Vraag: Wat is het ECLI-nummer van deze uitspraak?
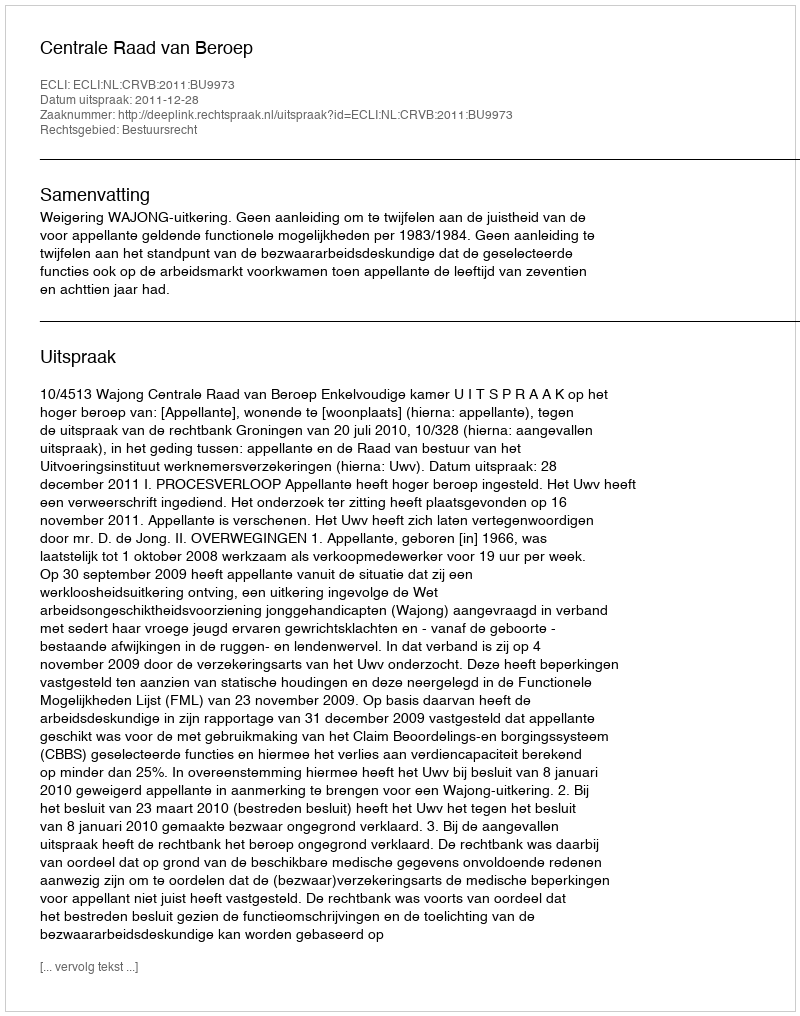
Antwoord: ECLI:NL:CRVB:2011:BU9973